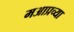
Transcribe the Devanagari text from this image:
मआप्रच्या